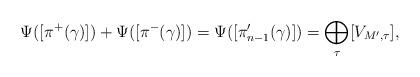
LaTeX: \begin{align*}\Psi([\pi^+(\gamma)])+\Psi([\pi^-(\gamma)])=\Psi([\pi'_{n-1}(\gamma)])=\bigoplus_{\tau} [V_{M',\tau}],\end{align*}